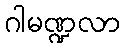
ဂါမဏ္ဍလာ